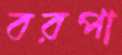
বরপা